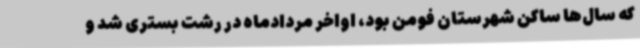
که سال‌ها ساکن شهرستان فومن بود، اواخر مردادماه در رشت بستری شد و